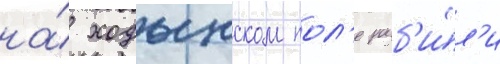
на́ ходынском пол'е разб'и́л'и